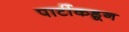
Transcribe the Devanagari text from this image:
पार्टीकडून